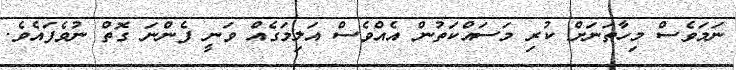
ނަމަވެސް މިހާތަނަށް ކުރި މަސައްކަތުން އެއްވެސް އަލިމަގެއް ވަނީ ފެންނަ ގޮތް ނުވެފައެވެ.